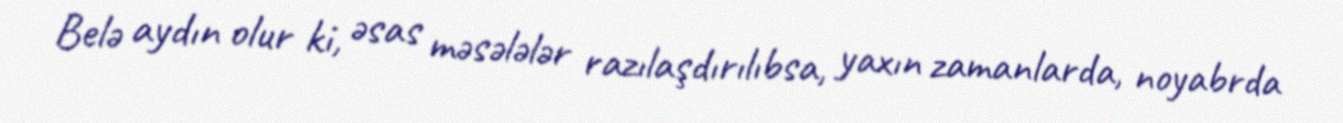
Belə aydın olur ki, əsas məsələlər razılaşdırılıbsa, yaxın zamanlarda, noyabrda